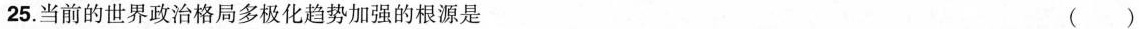
25.当前的世界政治格局多极化趋势加强的根源是 ( )